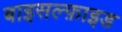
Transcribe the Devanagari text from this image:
बाइसल्फ़ाइड